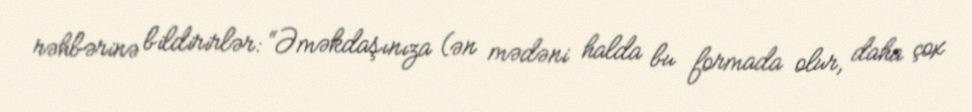
rəhbərinə bildirirlər: “Əməkdaşınıza (ən mədəni halda bu formada olur, daha çox